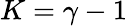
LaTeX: K=\gamma-1